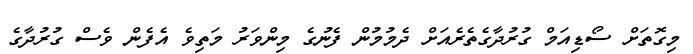
މިގޮތަށް ސޯޑިއަމް ގުރުދާގެތެރެއަށް ދެމުމުން ފެނުގެ މިންވަރު މަތިވެ އެފެން ވެސް ގުރުދާގެ